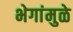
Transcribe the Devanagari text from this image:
भेगांमुळे